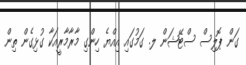
ގަން ޕޮލިސް ސްޓޭޝަން ލ. ގަމުގައި އިއްޔެ ހިންގި މާރާމާރީއަކާ ގުޅިގެން ތިން